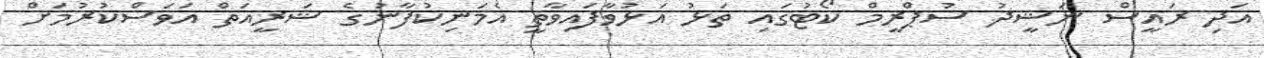
އަދި ރައީސް ނަޝީދު ސުޕްރީމް ކޯޓުގައި ތަޅު އަޅުވާފައިވާތީ އެމަނިކުފާނުގެ ޝަރީއަތް އަވަސްކުރުމަށް